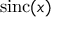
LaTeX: \operatorname { s i n c } ( x )